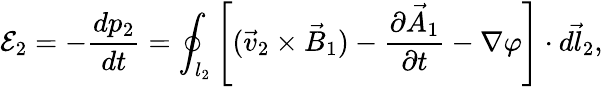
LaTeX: \mathcal E_{2}=-\frac{dp_{2}}{dt}=\oint_{l_{2}}\left[(\vec{v}_{2}\times\vec{B}_{1})-\frac{\partial\vec{A}_{1}}{\partial t}-\nabla\varphi\right]\cdot\vec{dl_{2}},